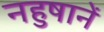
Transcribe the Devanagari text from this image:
नहुषानें